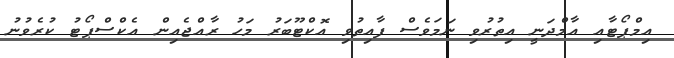
އިމްޕޯޓާއި އާމްދަނީ އިތުރުވި ނަމަވެސް ފާއިތުވި އޮކްޓޫބަރު މަހު ރާއްޖެއިން އެކްސްޕޯޓު ކުރެވުނު